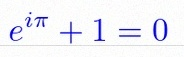
e^{i\pi}+1=0